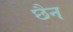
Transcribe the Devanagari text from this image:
छैन